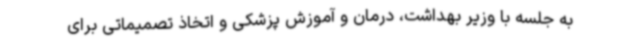
به جلسه با وزیر بهداشت، درمان و آموزش پزشکی و اتخاذ تصمیماتی برای